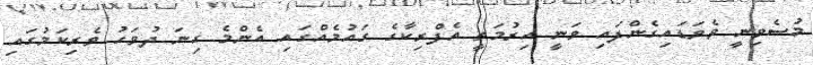
މުސެވިނީ ވެވަޑައިގެންފައި ވަނީ އިރުމަތީ އެފްރިކާގެ ގައުމެއްގައި އެންމެ ގިނަ ދުވަހު ވެރިކަމުގައި